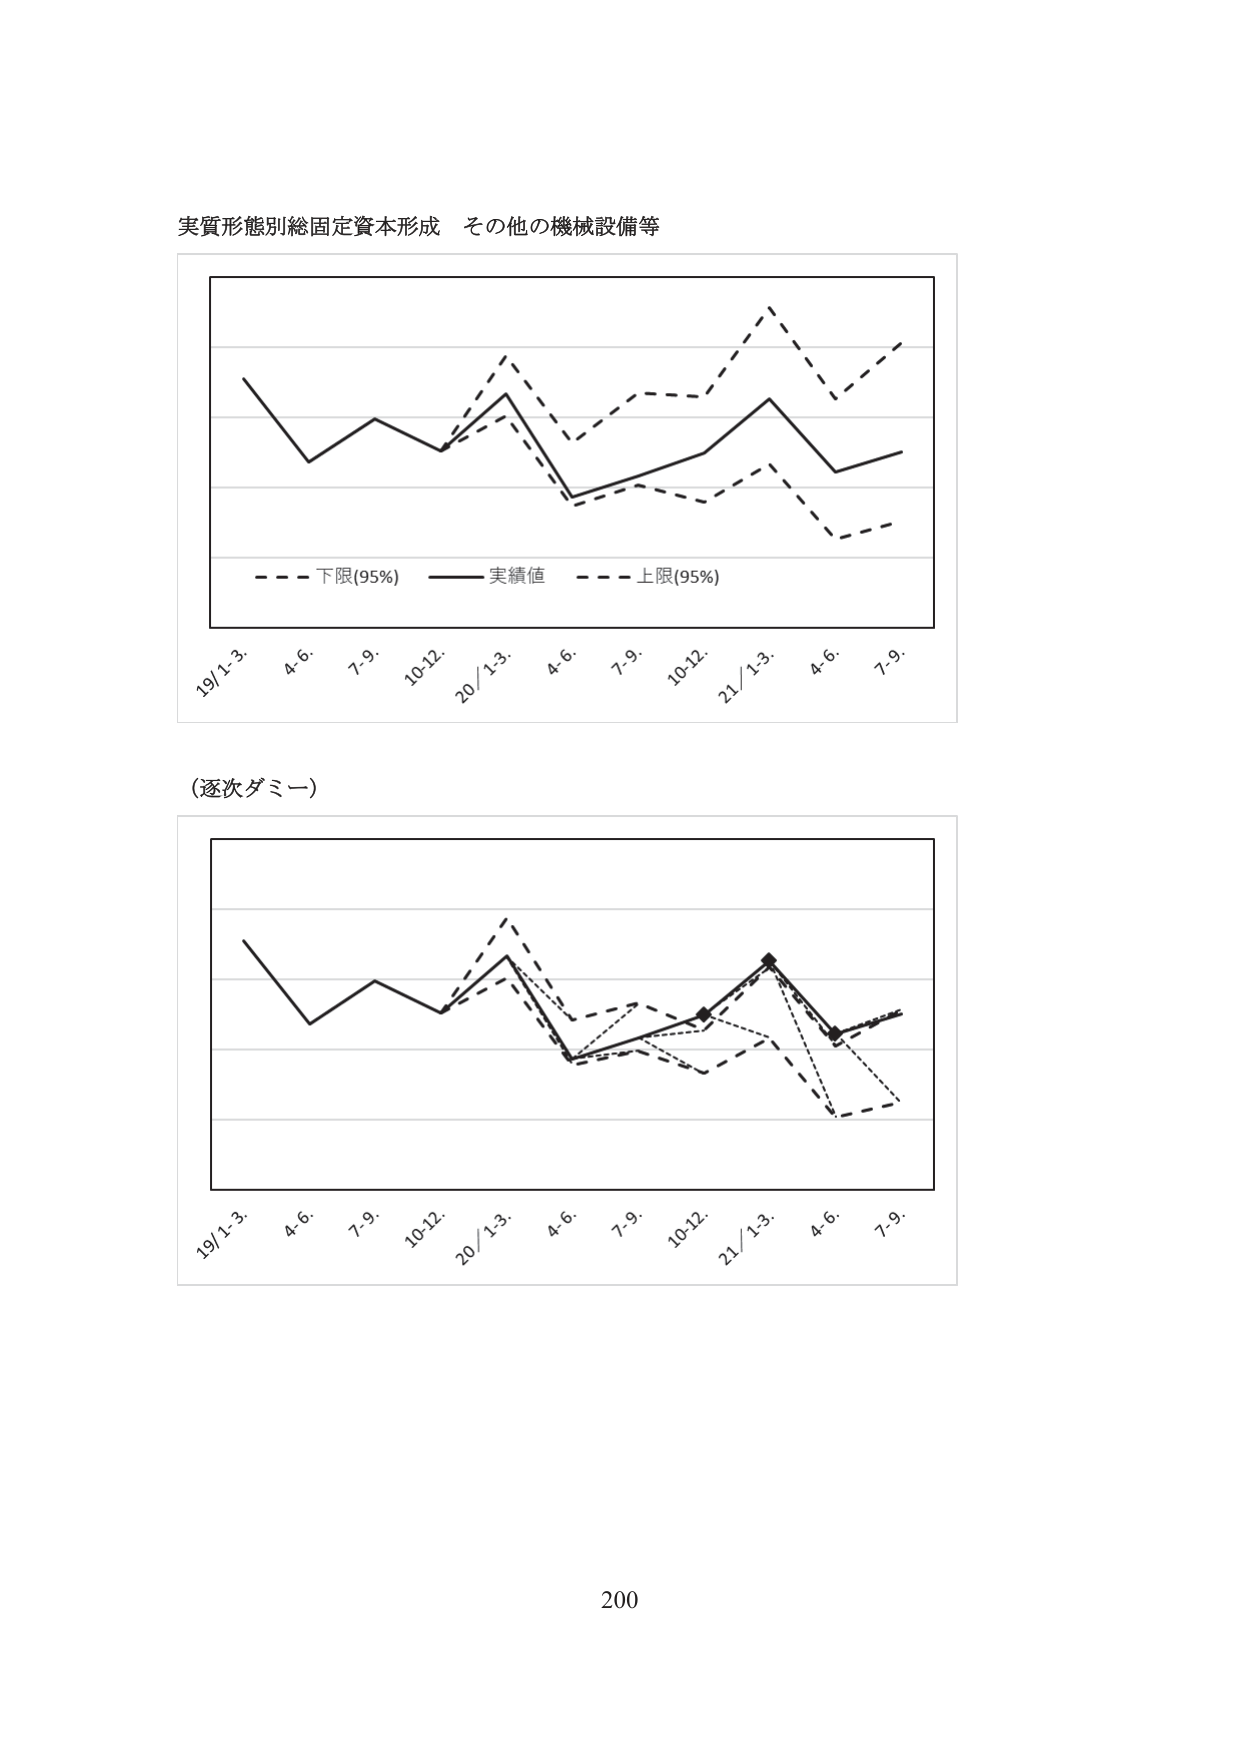
実質形態別総固定資本形成 その他の機械設備等

- - - 下限(95%) —— 実績値 - - - 上限(95%)

19/1-3. 4.6. 7.9. 10-12. 20/1-3. 4.6. 7.9. 10-12. 21/1-3. 4.6. 7.9.

(逐次ダミー)

19/1-3. 4.6. 7.9. 10-12. 20/1-3. 4.6. 7.9. 10-12. 21/1-3. 4.6. 7.9.

200